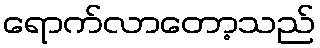
ရောက်လာတော့သည်